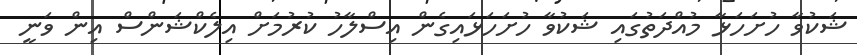
ޝަކުވާ ހުށަހަޅާ މުއްދަތުގައި ޝަކުވާ ހުށަހަޅައިގެން އިސްލާހު ކުރުމަށް އިލެކްޝަންސް އިން ވަނީ